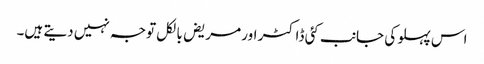
اس پہلو کی جانب کئی ڈاکٹر اور مریض بالکل توجہ نہیں دیتے ہیں۔